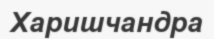
Харишчандра